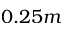
0 . 2 5 m